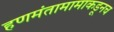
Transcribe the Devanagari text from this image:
हणमंतामामाकडूनच